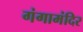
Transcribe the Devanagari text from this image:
गंगामंदिर